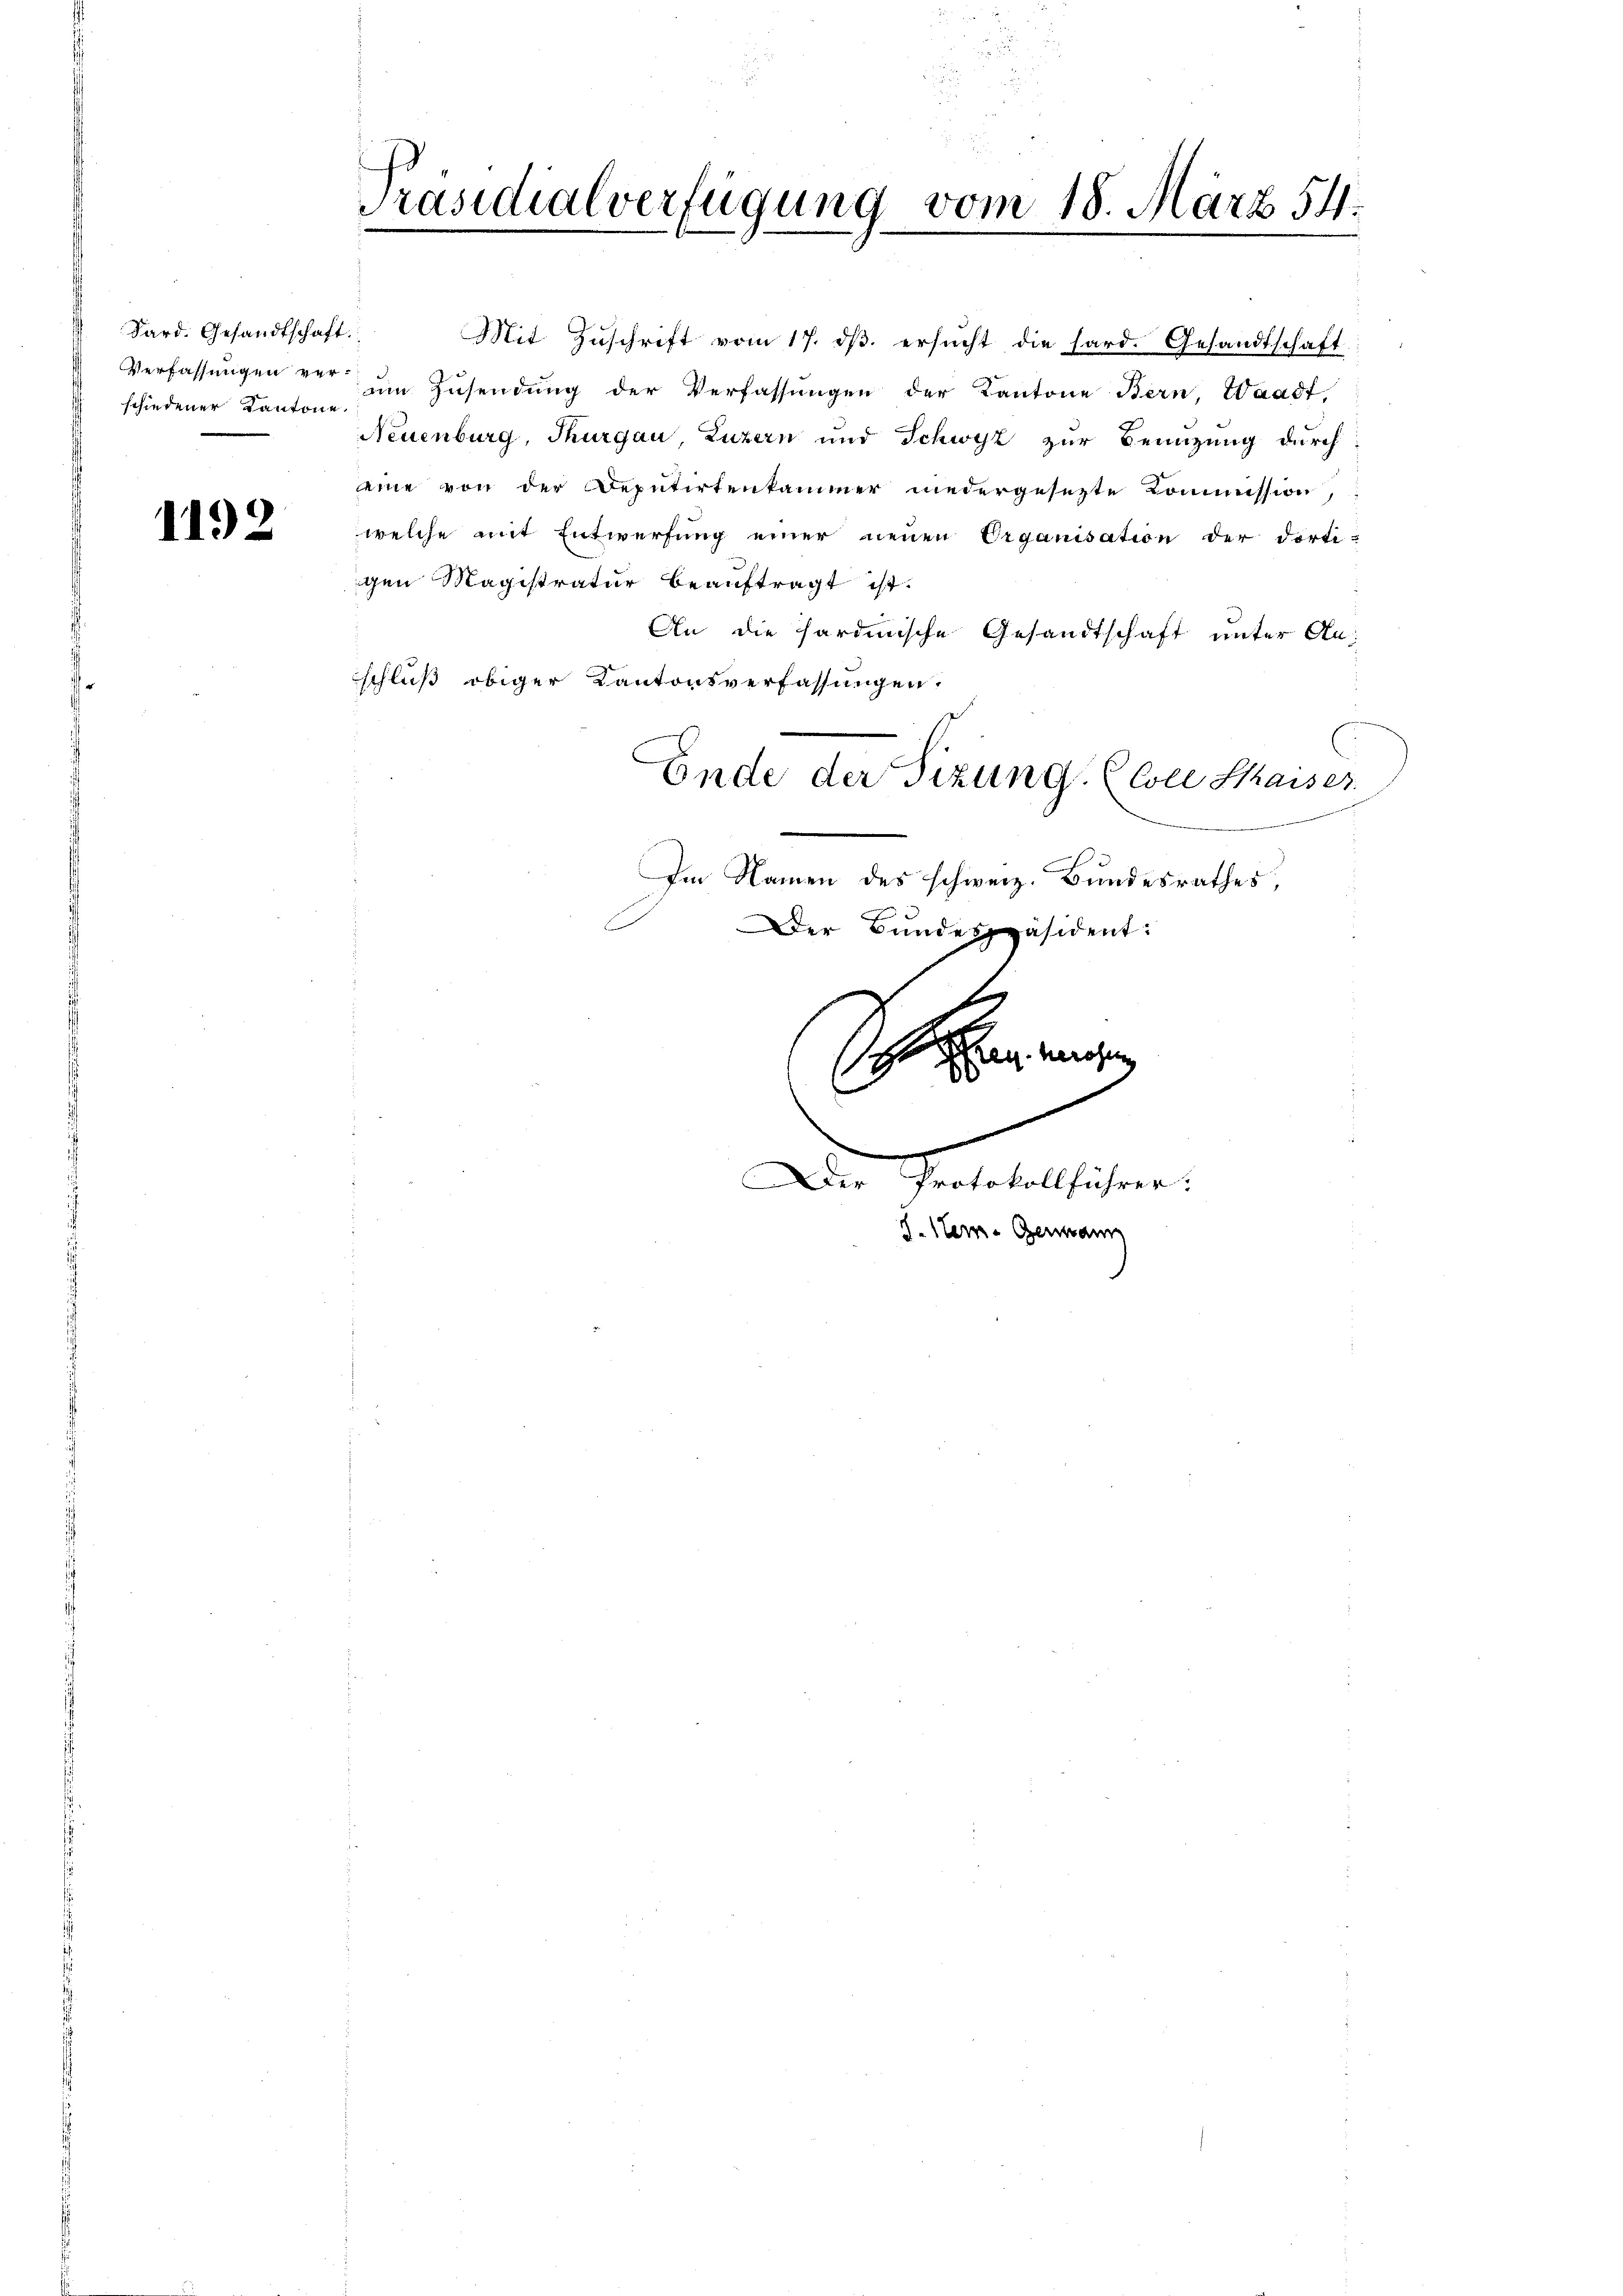
Sard. Gesandtschaft.
Verfassungen verschiedener Kantone

1192

Präsidialverfügung vom 18. März 54.

gen Magistratur beauftragt ist.
An die hardinische Gesandtschaft unter Anschluß obiger Kantonsverfassungen:
Im Namen des schweiz. Bundesrathes,
Der Bundespräsident:
En machen
.
e
.
Der Protokollführer:
J. Stern- Germann

Mit Zŭschrift vom 17. dβ ersŭcht die hard. Gesandtschaft
am Zusendung der Verfassungen der Kantone Bern Waadt,
Neuenburg, Thurgau, Luzern und Schwyz zur Benutzung durch
eine von der Deputirtenkammer niedergesezte Commission,
welche mit Entwerfung einer neuen Organisation der dorti-

Ende der Sizung. (Cole Kaiser